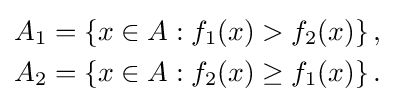
{\begin{aligned}A_{1}&=\left\{x\in A:f_{1}(x)>f_{2}(x)\right\},\\A_{2}&=\left\{x\in A:f_{2}(x)\geq f_{1}(x)\right\}.\end{aligned}}